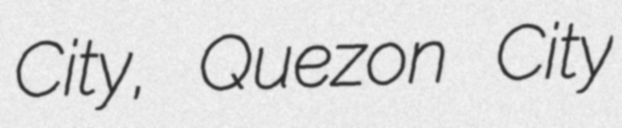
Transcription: City, Quezon City